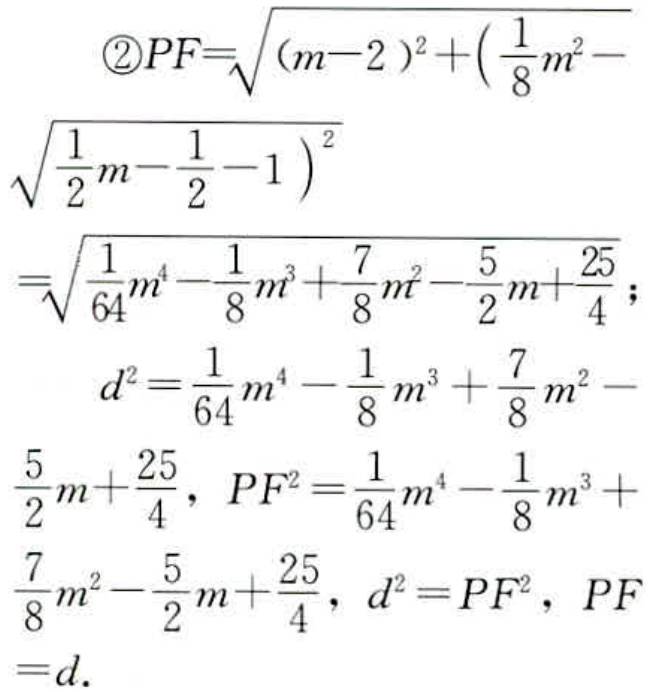
\begin{align*}
\textcircled{2}PF&=\sqrt{(m - 2)^2 + \left(\frac{1}{8}m^2 - \sqrt{\frac{1}{2}m - \frac{1}{2} - 1}\right)^2}\\
&=\sqrt{\frac{1}{64}m^4 - \frac{1}{8}m^3 + \frac{7}{8}m^2 - \frac{5}{2}m + \frac{25}{4}};\\
d^2&=\frac{1}{64}m^4 - \frac{1}{8}m^3 + \frac{7}{8}m^2 - \frac{5}{2}m + \frac{25}{4},\\
PF^2&=\frac{1}{64}m^4 - \frac{1}{8}m^3 + \frac{7}{8}m^2 - \frac{5}{2}m + \frac{25}{4},\\
d^2&=PF^2,\\
PF&=d.
\end{align*}